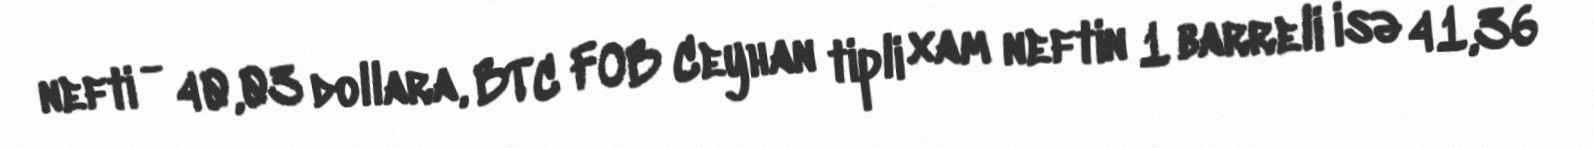
nefti - 40,03 dollara, BTC FOB Ceyhan tipli xam neftin 1 barreli isə 41,36